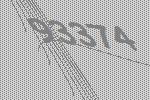
93374